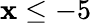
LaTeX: \mathbf{x}\le-5